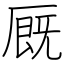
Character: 厩